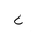
Letter: _gayn